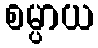
စမ္ပာယ